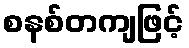
စနစ်တကျဖြင့်